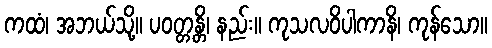
ကထံ၊ အဘယ်သို့။ ပဝတ္တန္တိ၊ နည်း။ ကုသလဝိပါကာနိ၊ ကုန်သော။